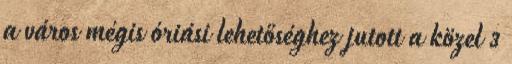
a város mégis óriási lehetőséghez jutott a közel 3